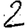
Digit: 2